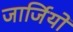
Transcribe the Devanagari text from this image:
जार्जियो